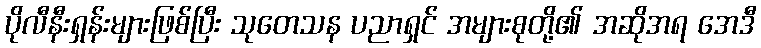
ပိုလီနီးရှန်းများဖြစ်ပြီး သုတေသန ပညာရှင် အများစုတို့၏ အဆိုအရ အေဒီ